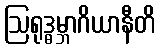
ဩရုဒ္ဓမ္ဘာဂိယာနီတိ